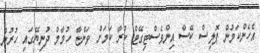
އެެހެންކަމުން ޕޮލިސް ކޭސް އިންވެސްޓިގޭޓް ކުރާ ކަމަށް ވަންޏާ ހުމާމް ދުނިޔޭގައި ހުރުން